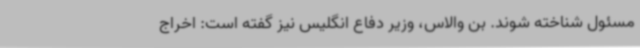
مسئول شناخته شوند. بن والاس، وزیر دفاع انگلیس نیز گفته است: اخراج